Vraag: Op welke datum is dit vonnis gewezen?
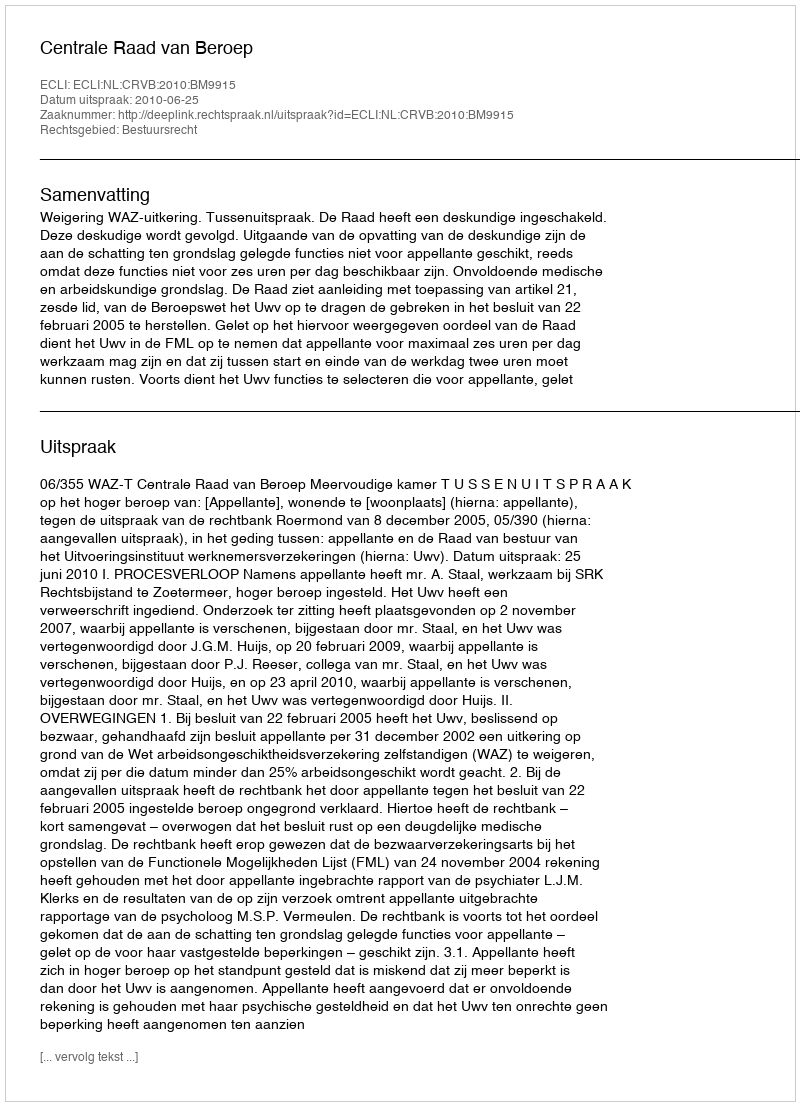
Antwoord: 2010-06-25